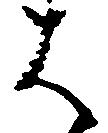
は